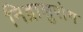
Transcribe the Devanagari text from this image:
निद्रालुरोग